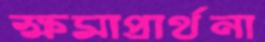
ক্ষমাপ্রার্থনা